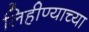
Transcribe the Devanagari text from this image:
लिहीण्याच्या